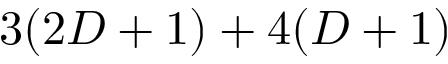
3 ( 2 D + 1 ) + 4 ( D + 1 )